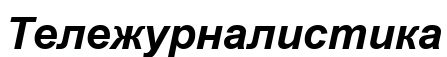
Тележурналистика